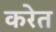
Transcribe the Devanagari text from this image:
करेत